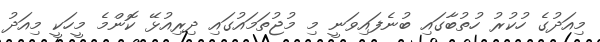
މިއަދުގެ ހުކުރު ހުތުބާގައި ބުނެފައިވަނީ މި މުޖުތަމައުގައި ދިރިއުޅޭ ކޮންމެ މީހަކީ މިއަދު